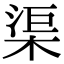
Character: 渠